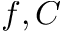
f , C